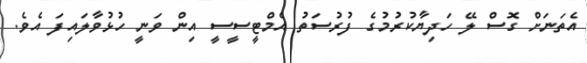
އެތަނަށް ގޮސް ލޭ ހަދިޔާކުރުމުގެ ފުރުސަތު އެމްޓީސީސީ އިން ވަނީ ހުޅުވާލައިފަ އެވެ.